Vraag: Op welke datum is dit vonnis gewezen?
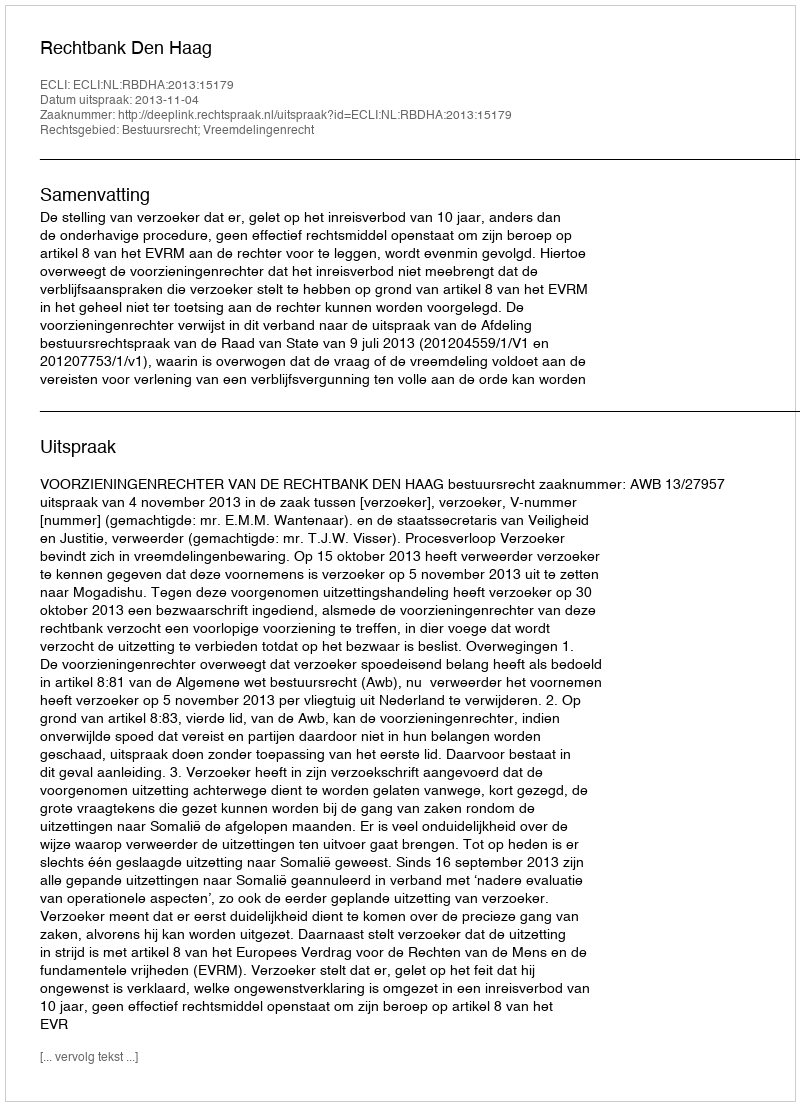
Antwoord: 2013-11-04